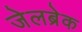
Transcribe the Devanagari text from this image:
जेलब्रेक